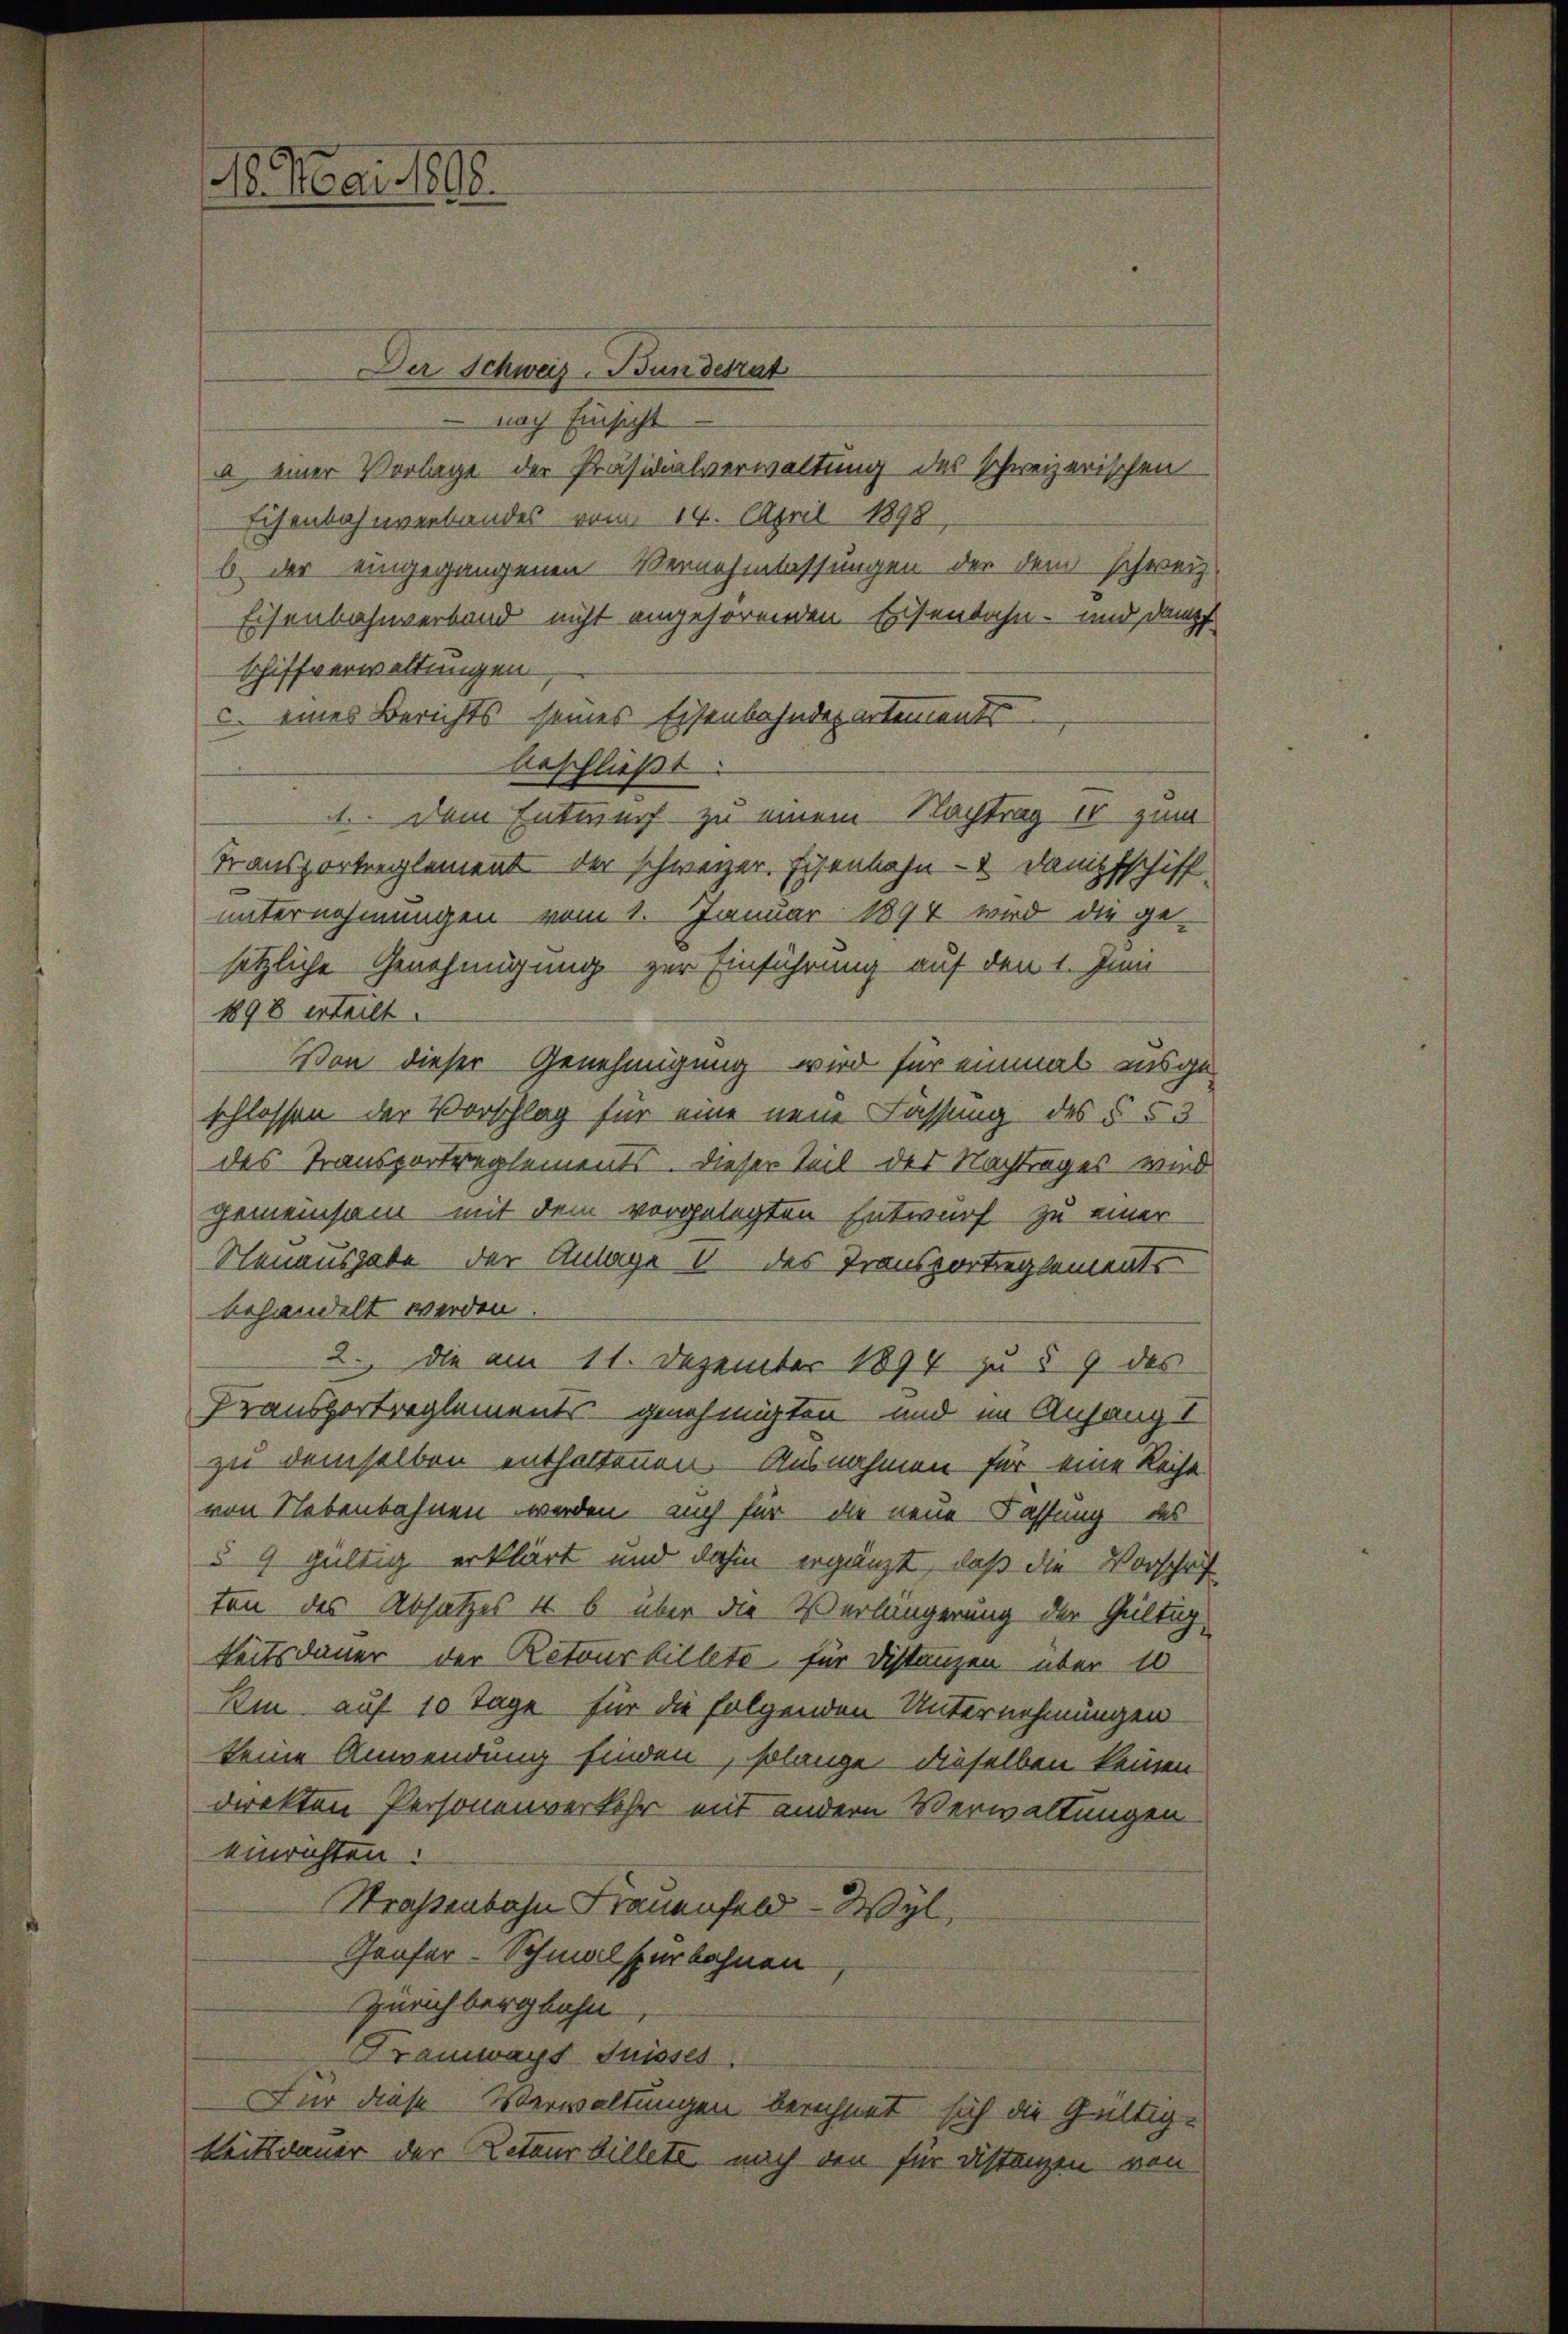
18. Mai 1808.

Der Schweiz. Bundesrat
 nach Einsicht
a einer Vorlage der Präsidialverwaltung des schweizerischen
Eisenbahnverbandes vom 14. April 1898,
b. der eingegangenen Vernehmlassungen der dem schweiz.
Eisenbahnverband nicht angehörenden Eisenbahn- und dampf
schiffverwaltungen.
c. eines Berichts seines Eisenbahndepartements
beschließt:
1. Dem Entwurf zu einem Nachtrag 10 zum
Transportreglement der schweizer. Eisenbahn- & Dampfschiff
unternehmungen vom 1. Januar 1894 wird die ge-
setzliche Genehmigung zur Einführung auf den 1. Juni
1898 erteilt.
Von dieser Genehmigung wird für einmal ausgeschlossen der Vorschlag für eine neue Fassung des § 53
des Transportreglements. Dieser Teil der Nachtrages wird
gemeinsam mit dem vorgelegten Entwurf zu einer
Neuausgabe der Anlage 1 des Transportieglements
behandelt werden.
2. die am 11. Dezember 1894 zu § 9 des
Fransportreglements genehmigten und im Anfang I
zu demselben enthaltenen Ausnahmen für eine Reise
von Nebenbahnen werden auch für die neue Fassung des
§ 9 gültig erklärt und dahin ergänzt, daß die Vorschaf
ten des Absatzes 4 b über die Verlängerung der Gültig
keitsdauer der Retourbillete für Distanzen über 10
ki auf 10 Tage für die folgenden Unternehmungen
keine Anwendung finden, solange dieselben keinen
direkten Personenverkehr mit andern Verwaltungen
einrichten:
Straßenbahn Frauenfeld - Wyl,
Genfer-Schmalsperbahnen
Zürichbergbahn
Tramways Suisses.
Für diese Verwaltungen berechnet sich die Gültig-
keitsdauer der Retourbillete nach den für Distanzen von